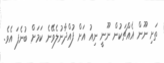
ތަށި ނޫން އެއްޗަކުން ނޫނީ ނިއު އަށް ފުއްދާނުލެވޭނެ ކަމަށް ބުނެފަ އެވެ.